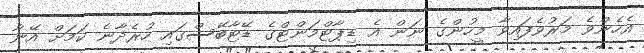
އެހެންވެ މަރުވެފައިވާ މީހުންގެ ނަން އެ ޑިޕާޓްމަންޓްގެ ޑޭޓާބޭސްގައި ހުރެދާނެ ކަމަށް އޭނާ